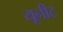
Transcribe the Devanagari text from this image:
यूनीट